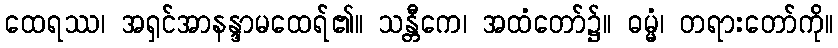
ထေရဿ၊ အရှင်အာနန္ဒာမထေရ်၏။ သန္တီကေ၊ အထံတော်၌။ ဓမ္မံ၊ တရားတော်ကို။